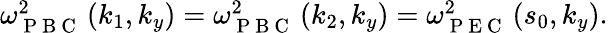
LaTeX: \begin{array}{r}{\omega_{\mathrm{~P~B~C~}}^{2}\left(k_{1},k_{y}\right)=\omega_{\mathrm{~P~B~C~}}^{2}\left(k_{2},k_{y}\right)=\omega_{\mathrm{~P~E~C~}}^{2}\left(s_{0},k_{y}\right).}\end{array}